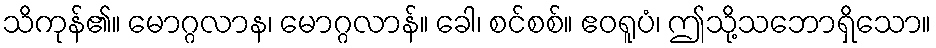
သိကုန်၏။ မောဂ္ဂလာန၊ မောဂ္ဂလာန်။ ခေါ၊ စင်စစ်။ ဧဝရူပံ၊ ဤသို့သဘောရှိသော။